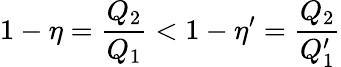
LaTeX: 1-\eta=\frac{Q_{2}}{Q_{1}}<1-\eta^{\prime}=\frac{Q_{2}}{Q_{1}^{\prime}}